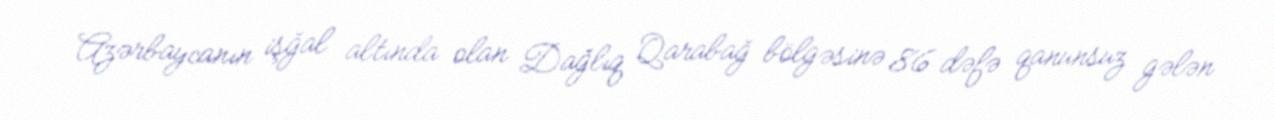
Azərbaycanın işğal altında olan Dağlıq Qarabağ bölgəsinə 86 dəfə qanunsuz gələn